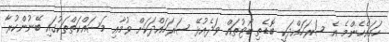
ހަމައެހެންމެ އެ ސަރަހައްދަކީ ބޮޑެތި ބޯޓުތައް ވަދެއުޅޭ ސަރަހައްދަކަށް ވުމާއި މަސައްކަތްތަކުގައި ބޭނުންކުރާ